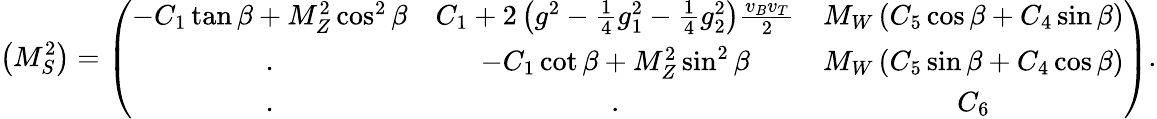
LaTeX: \left(M_{S}^{2}\right)=\left(\begin{array}{ccc}{{-C_{1}\tan{\beta}+M_{Z}^{2}\cos^{2}{\beta}}}&{{C_{1}+2\left(g^{2}-\frac{1}{4}g_{1}^{2}-\frac{1}{4}g_{2}^{2}\right)\frac{v_{B}v_{T}}{2}}}&{{M_{W}\left(C_{5}\cos{\beta}+C_{4}\sin{\beta}\right)}}\\ {{.}}&{{-C_{1}\cot{\beta}+M_{Z}^{2}\sin^{2}{\beta}}}&{{M_{W}\left(C_{5}\sin{\beta}+C_{4}\cos{\beta}\right)}}\\ {{.}}&{{.}}&{{C_{6}}}\end{array}\right).